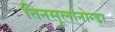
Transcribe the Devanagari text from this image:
तिनसूलानोन्डा